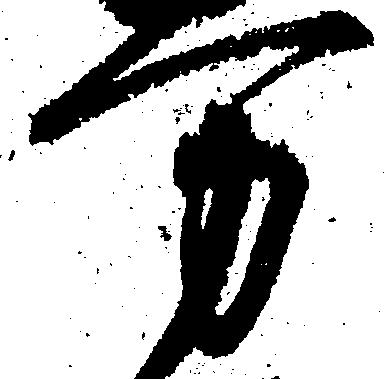
万